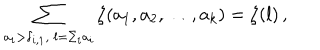
\sum _ { a _ { i } > \delta _ { i , 1 } , \ l = \Sigma _ { i } a _ { i } } \zeta ( a _ { 1 } , a _ { 2 } , \ldots , a _ { k } ) = \zeta ( l ) \, ,